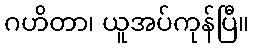
ဂဟိတာ၊ ယူအပ်ကုန်ပြီ။